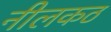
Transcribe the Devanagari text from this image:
नीलकठ